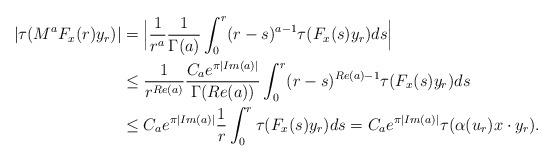
LaTeX: \begin{align*}|\tau(M^{a}F_x(r)y_r)|&=\Big|\frac{1}{r^a}\frac{1}{\Gamma(a)}\int^r_0(r-s)^{a-1}\tau(F_x(s)y_r)ds\Big|\\&\leq\frac{1}{r^{Re(a)}}\frac{C_ae^{\pi|Im(a)|}}{{\Gamma(Re(a))}}\int^r_0(r-s)^{Re(a)-1}\tau(F_x(s)y_r)ds\\&\leq{C_ae^{\pi|Im(a)|}}\frac{1}{r}\int^r_0\tau(F_x(s)y_r)ds={C_ae^{\pi|Im(a)|}}\tau(\alpha(u_r)x\cdot y_r).\end{align*}